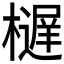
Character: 𱤥